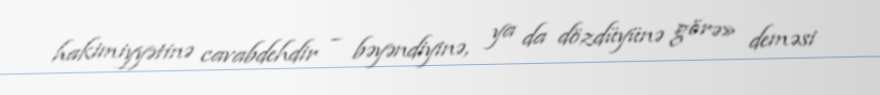
hakimiyyətinə cavabdehdir – bəyəndiyinə, ya da dözdüyünə görə» deməsi